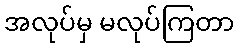
အလုပ်မှ မလုပ်ကြတာ